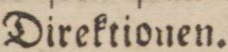
Direktionen.